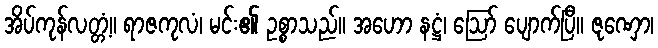
အိပ်ကုန်လတ္တံ့။ ရာဇကုလံ၊ မင်း၏ ဥစ္စာသည်။ အဟော နဋ္ဌံ၊ ဩော် ပျောက်ပြီ။ ဇုဏှော၊